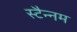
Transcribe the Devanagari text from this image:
स्टैन्नम